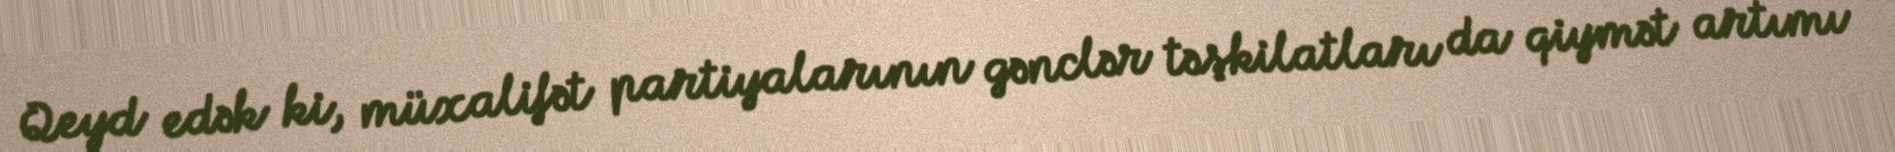
Qeyd edək ki, müxalifət partiyalarının gənclər təşkilatları da qiymət artımı